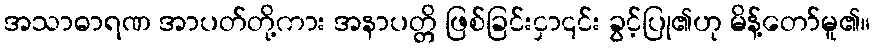
အသာဓာရဏ အာပတ်တို့ကား အနာပတ္တိ ဖြစ်ခြင်းငှာ၎င်း ခွင့်ပြု၏ဟု မိန့်တော်မူ၏။